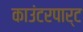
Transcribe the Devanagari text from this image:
काउंटरपार्ट